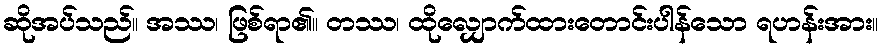
ဆိုအပ်သည်။ အဿ၊ ဖြစ်ရာ၏။ တဿ၊ ထိုလျှောက်ထားတောင်းပါန်သော ရဟန်းအား။